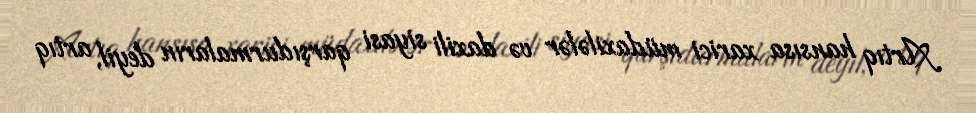
Artıq hansısa xarici müdaxilələr və daxili siyasi qarşıdurmaların deyil, artıq